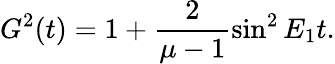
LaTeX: G^{2}(t)=1+\frac{2}{\mu-1}\sin^{2}E_{1}t.